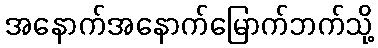
အနောက်အနောက်မြောက်ဘက်သို့